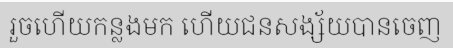
រួចហើយកន្លងមក ហើយជនសង្ស័យបានចេញ